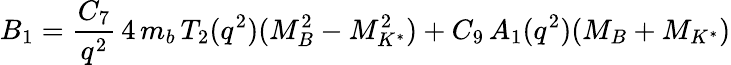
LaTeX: B_{1}={\frac{C_{7}}{q^{2}}}\, 4\, m_{b}\, T_{2}(q^{2})(M_{B}^{2}-M_{K^{*}}^{2})+C_{9}\, A_{1}(q^{2})(M_{B}+M_{K^{*}})